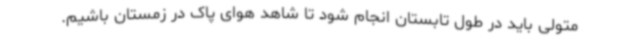
متولی باید در طول تابستان انجام شود تا شاهد هوای پاک در زمستان باشیم.